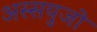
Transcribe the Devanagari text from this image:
अस्सयुजो